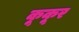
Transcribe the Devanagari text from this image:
कूकूर